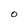
Character: O